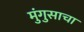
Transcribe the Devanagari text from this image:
मुंगुसाचा